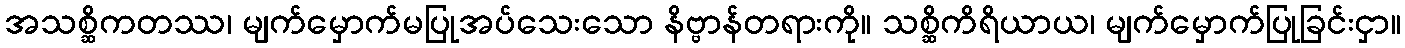
အသစ္ဆိကတဿ၊ မျက်မှောက်မပြုအပ်သေးသော နိဗ္ဗာန်တရားကို။ သစ္ဆိကိရိယာယ၊ မျက်မှောက်ပြုခြင်းငှာ။